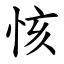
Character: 㤥